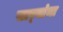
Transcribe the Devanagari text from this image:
सार्‍यांना